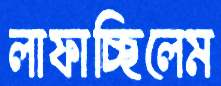
লাফাচ্ছিলেম